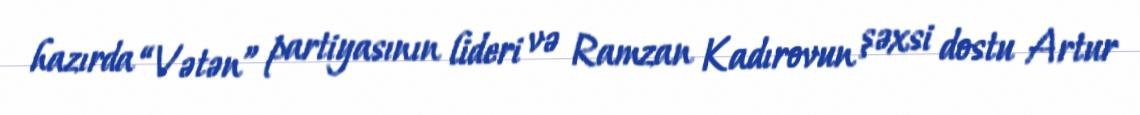
hazırda “Vətən” partiyasının lideri və Ramzan Kadırovun şəxsi dostu Artur